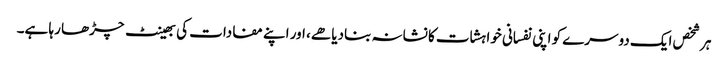
ہر شخص ایک دوسرے کو اپنی نفسانی خواہشات کا نشانہ بنادیا هے، اور اپنے مفادات کی بھینٹ چڑھا رہا ہے۔